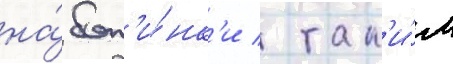
на́ бот'и́нк'и / так'и́м